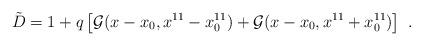
LaTeX: \begin{align*}{\tilde D}= 1 +q \left[ {\cal G}(x-x_0, x^{11}-x^{11}_0)+{\cal G}(x-x_0,x^{11}+x^{11}_0) \right] \ . \end{align*}